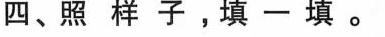
四、照样子，填一填。